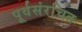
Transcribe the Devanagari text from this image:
पूर्वसंरचित